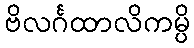
ဗိလင်္ဂထာလိကမ္ပိ